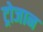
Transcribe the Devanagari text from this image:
ट्रोजान